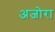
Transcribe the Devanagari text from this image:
अजोरा